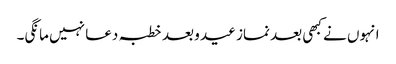
انہوں نے کبھی بعد نماز عید و بعد خطبہ دعا نہیں مانگی۔